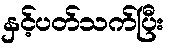
နှင့်ပတ်သက်ပြီး